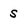
Character: S